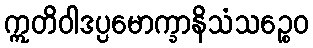
ဣတိဝါဒပ္ပမောက္ခာနိသံသဉ္စေဝ